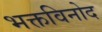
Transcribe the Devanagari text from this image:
भक्तविनोद